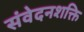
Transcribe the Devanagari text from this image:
संवेदनशक्ति